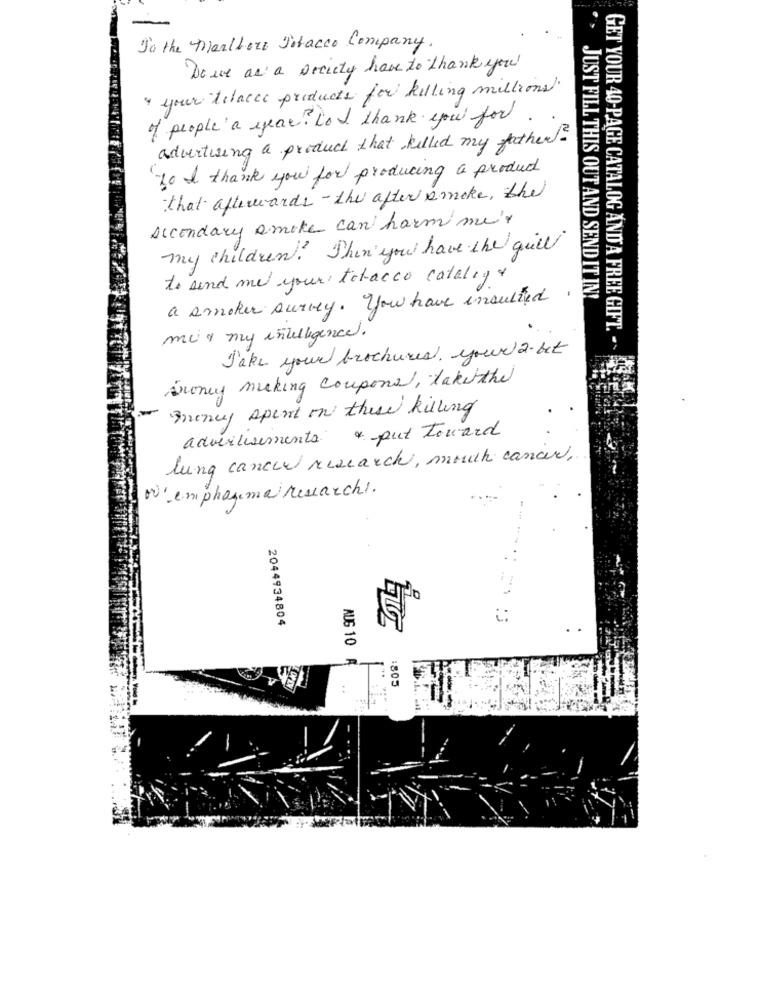
To the Marlboro Polacco Company.
Do we as a Decity have to thank you
your tilacce products for killing millions.
of people a year. To I thank you for.
advertising a product that killed my father?
to I thank you for producing a product
that afterwards - the after smoke, the
secondary smoke can harmi me'
my children! Then you have the quill
to send me your tobacco catalog &
a smoker survey . you have insulted
. > JUST FILL THIS OUT AND SEND IT IN!
mc 1 my intelligence.
Jake your brochures, your 2 bet
GET YOUR 40-PAGE CATALOG AND A FREE GIFT. -
Anony miking coupons, laketthe
Inency spent on these killing
advertisements & put Toward
lung cancer research, much cancer.
vi empharma research.
. .
2044934804
AUG 10 A
:
:805
. .